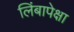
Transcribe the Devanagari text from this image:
लिंबापेक्षा